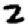
Digit: 2